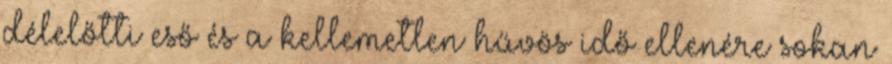
délelőtti eső és a kellemetlen hűvös idő ellenére sokan